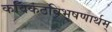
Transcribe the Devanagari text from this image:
कविकंठविभूषणार्थम्